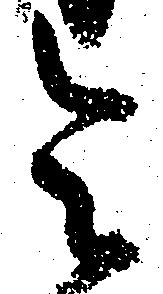
令